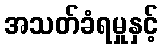
အသတ်ခံရမှုနှင့်